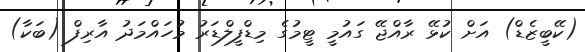
(ކޭބީޒެޑް) އަށް ކުޅޭ ރާއްޖޭ ގައުމީ ޓީމުގެ މިޑްފީލްޑަރު މުހައްމަދު އާރިފް (ބަކާ)